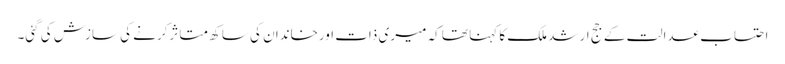
احتساب عدالت کے جج ارشد ملک کا کہنا تھا کہ میری ذات اورخاندان کی ساکھ متاثرکرنے کی سازش کی گئی۔